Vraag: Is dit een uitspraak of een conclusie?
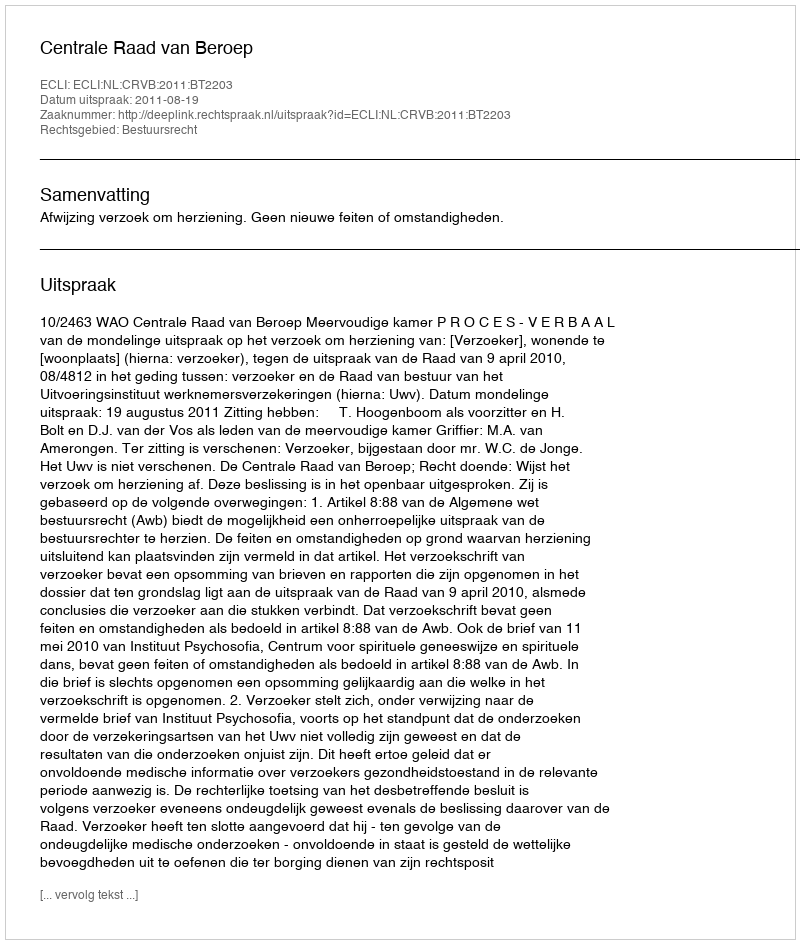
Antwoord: Uitspraak